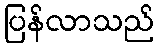
ပြန်လာသည်